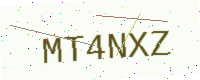
Text: MT4NXZ